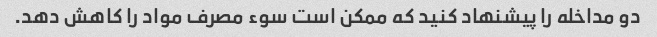
دو مداخله را پیشنهاد کنید که ممکن است سوء مصرف مواد را کاهش دهد.